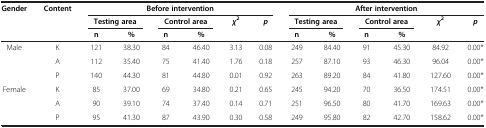
| Gender | Content | <COLSPAN=6> Before intervention | <COLSPAN=6> After intervention |
 |  |  | <COLSPAN=2> Testing area | <COLSPAN=2> Control area | χ2 | p | <COLSPAN=2> Testing area | <COLSPAN=2> Control area | χ2 | p |
 |  |  | n | % | n | % |  |  | n | % | n | % |  |  |
 | --- | --- | --- | --- | --- | --- | --- | --- | --- | --- | --- | --- | --- | --- |
 | Male | K | 121 | 38.30 | 84 | 46.40 | 3.13 | 0.08 | 249 | 84.40 | 91 | 45.30 | 84.92 | 0.00* |
 |  | A | 112 | 35.40 | 75 | 41.40 | 1.76 | 0.18 | 257 | 87.10 | 93 | 46.30 | 96.04 | 0.00* |
 |  | P | 140 | 44.30 | 81 | 44.80 | 0.01 | 0.92 | 263 | 89.20 | 84 | 41.80 | 127.60 | 0.00* |
 | Female | K | 85 | 37.00 | 69 | 34.80 | 0.21 | 0.65 | 245 | 94.20 | 70 | 36.50 | 174.51 | 0.00* |
 |  | A | 90 | 39.10 | 74 | 37.40 | 0.14 | 0.71 | 251 | 96.50 | 80 | 41.70 | 169.63 | 0.00* |
 |  | P | 95 | 41.30 | 87 | 43.90 | 0.30 | 0.58 | 249 | 95.80 | 82 | 42.70 | 158.62 | 0.00* |